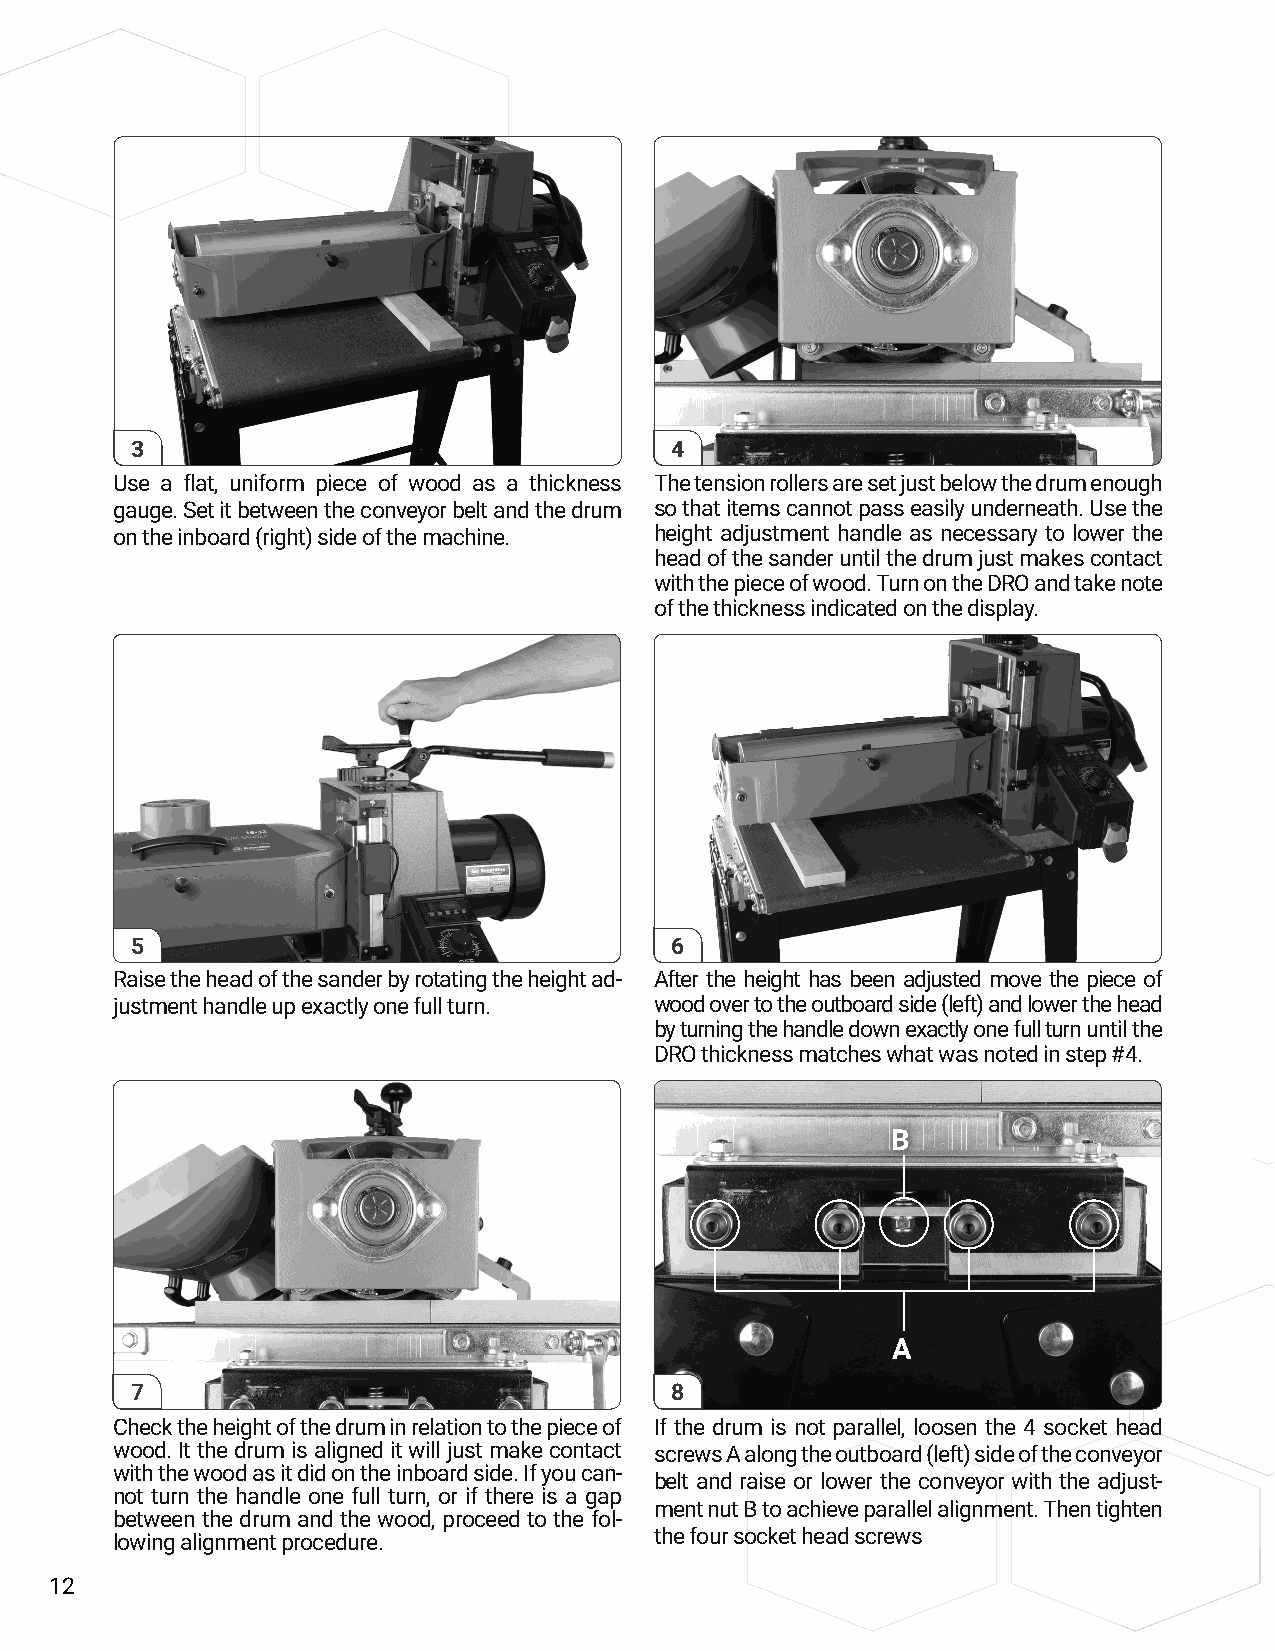
3                                  4
 Use a flat, uniform piece of wood as a thickness The tension rollers are set just below the drum enough
 gauge. Set it between the conveyor belt and the drum so that items cannot pass easily underneath. Use the
 on the inboard (right) side of the machine. height adjustment handle as necessary to lower the
 head of the sander until the drum just makes contact
 with the piece of wood. Turn on the DRO and take note
 of the thickness indicated on the display.
 5                                  6
 Raise the head of the sander by rotating the height ad- After the height has been adjusted move the piece of
 justment handle up exactly one full turn. wood over to the outboard side (left) and lower the head
 by turning the handle down exactly one full turn until the
 DRO thickness matches what was noted in step #4.
 B
 A
 7                                  8
 Check the height of the drum in relation to the piece of If the drum is not parallel, loosen the 4 socket head
 wood. It the drum is aligned it will just make contact screws A along the outboard (left) side of the conveyor
 with the wood as it did on the inboard side. If you can-
 belt and raise or lower the conveyor with the adjust-
 not turn the handle one full turn, or if there is a gap
 ment nut B to achieve parallel alignment. Then tighten
 between the drum and the wood, proceed to the fol-
 lowing alignment procedure.         the four socket head screws
 12